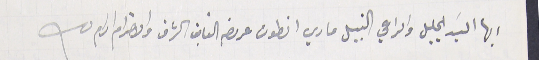
ايها السَيد الجليل والراعي النبيل ماري انطون عرىضه الفايق الشرف والاحترام ادام لله